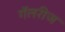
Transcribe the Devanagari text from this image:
गॅलरीज